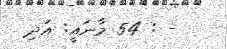
- : 54 މާނައީ: އަދި